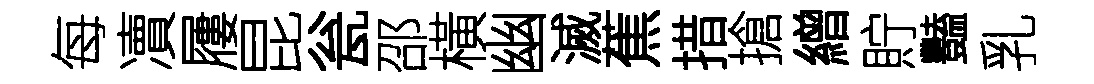
每凟屨昆瓮邵橫幽滅蕉措搶繒貯豔乳